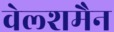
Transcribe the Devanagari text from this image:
वेल्शमैन